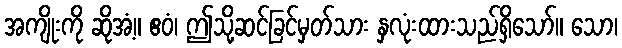
အကျိုးကို ဆိုအံ့။ ဧဝံ၊ ဤသို့ဆင်ခြင်မှတ်သား နှလုံးထားသည်ရှိသော်။ သော၊